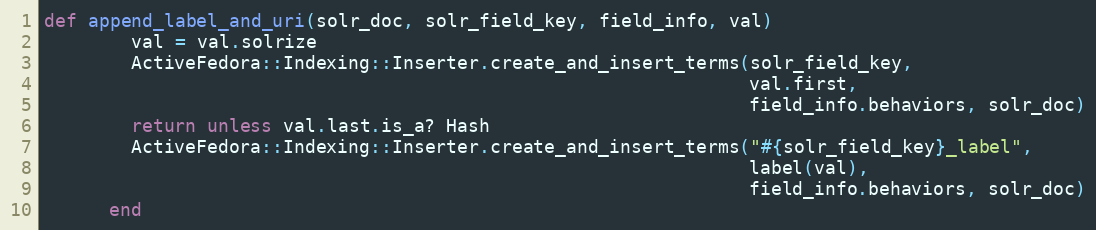
Language: Ruby
def append_label_and_uri(solr_doc, solr_field_key, field_info, val)
        val = val.solrize
        ActiveFedora::Indexing::Inserter.create_and_insert_terms(solr_field_key,
                                                                 val.first,
                                                                 field_info.behaviors, solr_doc)
        return unless val.last.is_a? Hash
        ActiveFedora::Indexing::Inserter.create_and_insert_terms("#{solr_field_key}_label",
                                                                 label(val),
                                                                 field_info.behaviors, solr_doc)
      end